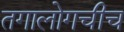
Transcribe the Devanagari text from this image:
तगालोगचीच